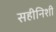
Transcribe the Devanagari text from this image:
सहीनिशी